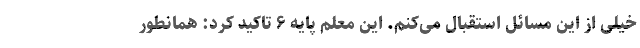
خیلی از این مسائل استقبال می‌کنم. این معلم پایه ۶ تاکید کرد: همانطور